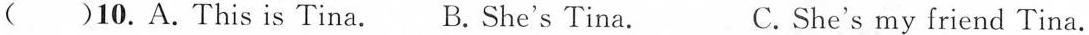
( )10.A.This is Tina. B.She's Tina. C.She's my friend Tina.